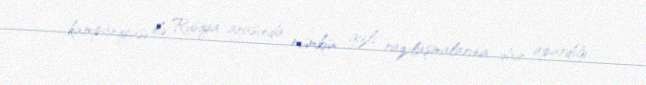
kampaniyası ilə Rusiya arasında mümkün gizli razılaşmalarına dair apardığı